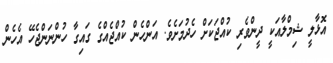
އޮޅާލީ ޝިމްލާއަކީ ދީންވެރި ކުއްޖަކަށް ހެދުމަށެވެ. އަންހެން ކުއްޖެއްގެ ގައިގާ ހުންނަންޖެހޭ އެހެން